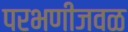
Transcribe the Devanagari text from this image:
परभणीजवळ